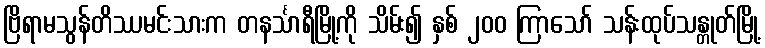
ဗြိရာမသွန်တိဿမင်းသားက တနင်္သာရီမြို့ကို သိမ်း၍ နှစ် ၂၀၀ ကြာသော် သန်းထုပ်သန္တုတ်မြို့